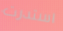
استدرت